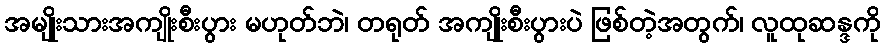
အမျိုးသားအကျိုးစီးပွား မဟုတ်ဘဲ၊ တရုတ် အကျိုးစီးပွားပဲ ဖြစ်တဲ့အတွက်၊ လူထုဆန္ဒကို